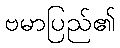
ဗမာပြည်၏